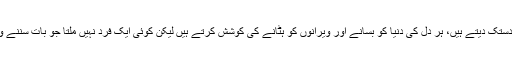
صبح سے لے کر شام ہوگئی ہے، ہر دَر پہ آپ دستک دیتے ہیں، ہر دل کی دنیا کو بسانے اور ویرانوں کو ہٹانے کی کوشش کرتے ہیں لیکن کوئی ایک فرد نہیں ملتا جو بات سننے والا ہو، جو آپؐ کی دعوت پر توجہ دینے والا ہو۔